Vaccination United Provinces of Agra and Oudh 1902-1913 - 1902-1913
Year: 1902
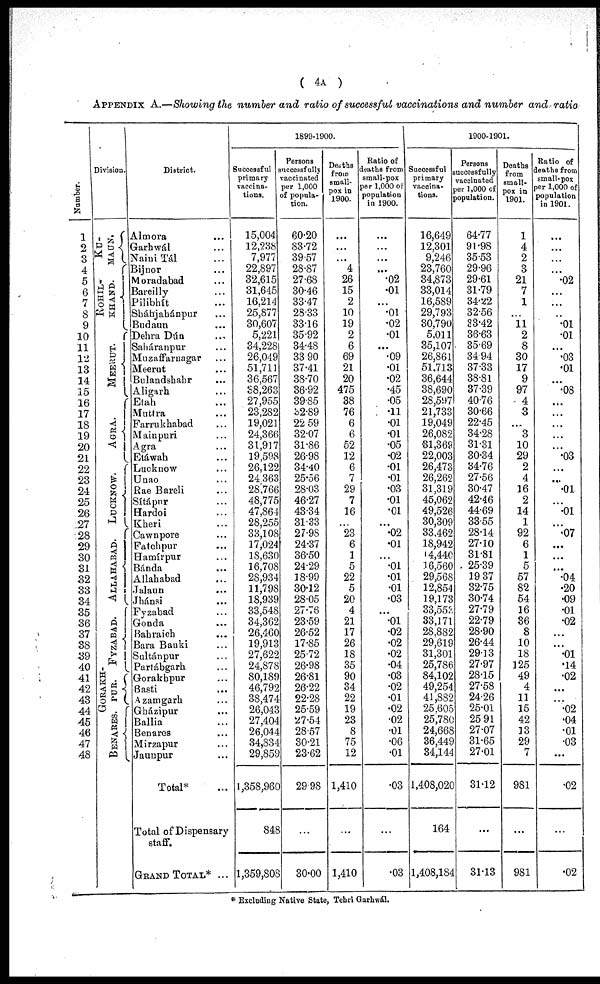
( 4A )
APPENDIX A.—Showing the number and ratio of successful vaccinations and number and ratio
Number.
1
2
3
4
5
6
7
8
9
10
11
12
13
14
15
16
17
18
19
20
21
22
23
24
25
26
27
28
29
30
31
32
33
34
35
36
37
38
39
40
41
42
43
44
45
46
47
48
Division.
KU¬
MAUN.
ROHIL¬
KHAND.
MEERUT.
AGRA.
LUCKNOW.
ALLAHABAD.
FYZABAD.
GORAKH¬
PUR.
BENARES.
District.
Almora ...
Garhwál ...
Naini Tál ...
Bijnor ...
Moradabad ...
Bareilly ...
Pilibhít ...
Sháhjahánpur ...
Budaun ...
Dehra Dún ...
Saháranpur ...
Muzaffarnagar ...
Meerut ...
Bulandshahr ...
Aligarh ...
Etah ...
Muttra ...
Farrukhabad ...
Mainpuri ...
Agra ...
Etáwah ...
Lucknow ...
Unao ...
Rae Bareli ...
Sítápur ...
Hardoi ...
Kheri ...
Cawnpore ...
Fatehpur ...
Hamírpur ...
Bánda ...
Allahabad ...
Jalaun ...
Jhánsi ...
Fyzabad ...
Gonda ...
Bahraich ...
Bara Banki ...
Sultánpur ...
Partábgarh ...
Gorakhpur ...
Basti
...
Azamgarh ...
Gházipur ...
Ballia ...
Benares ...
Mirzapur ...
Jaunpur ...
Total* ...
Total of Dispensary
staff.
GRAND TOTAL* ...
1899-1900.
Successful
primary
vaccina-
tions.
15,004
12,238
7,977
22,897
32,615
31,645
16,214
25,877
30,607
5,221
34,228
26,049
51,711
36,567
38,263
27,955
23,282
19,021
24,366
31,917
19,598
26,122
24,363
28,766
48,775
47,864
28,255
33,108
17,024
18,630
16,708
28,934
11,798
18,939
33,548
34,362
26,460
19,913
27,622
24,878
80,189
46,792
38,474
26,043
27,404
26,044
34,834
29,859
1,358,960
848
1,359,808
Persons
successfully
vaccinated
per 1,000
of popula-
tion.
60.20
83.72
39.57
28.87
27.68
30.46
33.47
28.33
33.16
35.92
34.48
33.90
37.41
38.70
36.92
39.85
32.89
22.59
32.07
31.86
26.98
34.40
25.56
28.03
46.27
43.34
31.33
27.98
24.37
36.50
24.29
18.99
30.12
28.05
27.76
23.59
26.52
17.85
25.72
26.98
26.81
26.22
22.28
25.59
27.54
28.57
30.21
23.62
29.98
...
30.00
Deaths
from
small-
pox in
1900.
...
...
...
4
26
15
2
10
19
2
6
69
21
20
475
38
76
6
6
52
12
6
7
29
7
16
...
23
6
1
5
22
5
20
4
21
17
26
18
35
90
34
22
19
23
8
75
12
1,410
...
1,410
Ratio of
deaths from
small-pox
per 1,000 of
population
in 1900.
...
...
...
...
.02
.01
...
.01
.02
.01
...
.09
.01
.02
.45
.05
.11
.01
.01
.05
.02
.01
.01
.03
.01
.01
...
.02
.01
...
.01
.01
.01
.03
...
.01
.02
.02
.02
.04
.03
.02
.01
.02
.02
.01
.06
.01
.03
...
.03
1900-1901.
Successful
primary
vaccina-
tions.
16,649
12,301
9,246
23,760
34,873
33,014
16,589
29,793
30,790
5,011
35,107
26,861
51,713
36,644
38,690
28,597
21,733
19,049
26,082
31,369
22,003
26,473
26,262
31,319
45,062
49,526
30,309
33,462
18,942
14,440
16,560
29,568
12,854
19,173
33,553
33,171
28,882
29,619
31,301
25,786
84,102
49,254
41,882
25,605
25,780
24,668
36,449
34,144
1,408,020
164
1,408,184
Persons
successfully
vaccinated
per 1,000 of
population.
64.77
91.98
35.53
29.96
29.61
31.79
34.22
32.56
33.42
36.63
35.69
34.94
37.33
38.81
37.39
40.76
30.66
22.45
34.28
31.31
30.34
34.76
27.56
30.47
42.46
44.69
33.55
28.14
27.10
31.81
25.39
19.37
32.75
30.74
27.79
22.79
28.90
26.44
29.13
27.97
28.15
27.58
24.26
25.01
25.91
27.07
31.65
27.01
31.12
...
31.13
Deaths
from
small-
pox in
1901.
1
4
2
3
21
7
1
...
11
2
8
30
17
9
97
4
3
...
3
10
29
2
4
16
2
14
1
92
6
1
5
57
82
54
16
36
8
10
18
125
49
4
11
15
42
13
29
7
981
...
981
Ratio of
deaths from
small-pox
per 1,000 of
population
in 1901.
...
...
...
...
.02
...
...
...
.01
.01
...
.03
.01
...
.08
...
...
...
...
...
.03
...
...
.01
...
.01
...
.07
...
...
...
.04
.20
.09
.01
.02
...
...
.01
.14
.02
...
...
.02
.04
.01
.03
...
.02
...
.02
* Excluding Native State, Tehri Garhwál.